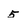
Character: 5